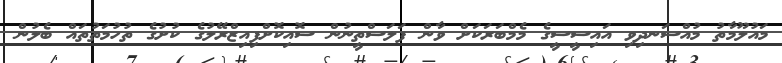
މައުލޫމާތު މުއްސަނދިވި އައިސީސީގެ މެމްބަރަކަށް ވާން ފަލަސްތީނުން ސޮއިކޮށްފިއިޒްރޭލުގެ ކުށުގެ ތުހުމަތުތައް ބެލުން